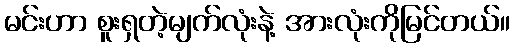
မင်းဟာ စူးရှတဲ့မျက်လုံးနဲ့ အားလုံးကိုမြင်တယ်။